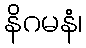
နိဂမနံ၊